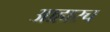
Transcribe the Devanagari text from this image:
आहारच